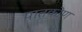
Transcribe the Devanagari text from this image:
पातकोण